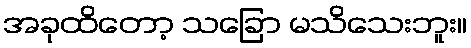
အခုထိတော့ သခြော မသိသေးဘူး။